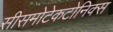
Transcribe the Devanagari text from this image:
सीसमोटेकटोनिक्‍स